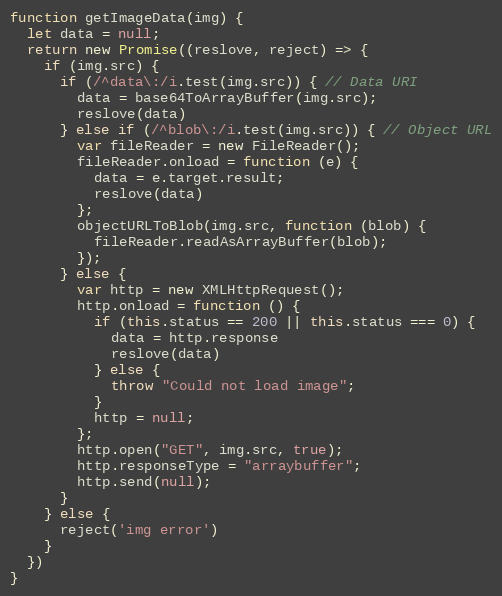
Language: JavaScript
function getImageData(img) {
  let data = null;
  return new Promise((reslove, reject) => {
    if (img.src) {
      if (/^data\:/i.test(img.src)) { // Data URI
        data = base64ToArrayBuffer(img.src);
        reslove(data)
      } else if (/^blob\:/i.test(img.src)) { // Object URL
        var fileReader = new FileReader();
        fileReader.onload = function (e) {
          data = e.target.result;
          reslove(data)
        };
        objectURLToBlob(img.src, function (blob) {
          fileReader.readAsArrayBuffer(blob);
        });
      } else {
        var http = new XMLHttpRequest();
        http.onload = function () {
          if (this.status == 200 || this.status === 0) {
            data = http.response
            reslove(data)
          } else {
            throw "Could not load image";
          }
          http = null;
        };
        http.open("GET", img.src, true);
        http.responseType = "arraybuffer";
        http.send(null);
      }
    } else {
      reject('img error')
    }
  })
}